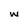
Character: w